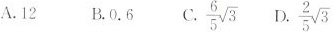
A. 12 B. 0. 6 C. $$\frac{ 6 } { 5 } \sqrt{ 3 }$$ D. $$\frac{ 2 } { 5 }\sqrt{ 3 }$$